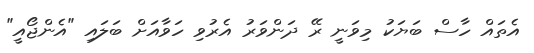
އެތައް ހާސް ބަޔަކު މިވަނީ ރޭ ދަންވަރު އެރުވި ހަވާއަށް ބަލައި "އެންޖޯއީ"